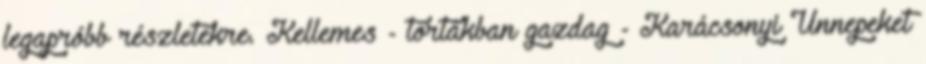
legapróbb részletekre. Kellemes - tortákban gazdag - Karácsonyi Ünnepeket